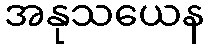
အနုသယေန